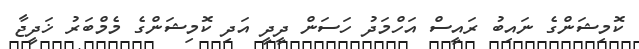
ކޮމިޝަންގެ ނައިބު ރައީސް އަހްމަދު ހަސަން ދީދީ އަދި ކޮމިޝަންގެ މެމްބަރު ޚަދީޖާ